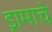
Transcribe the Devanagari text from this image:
ड्रामाचे